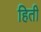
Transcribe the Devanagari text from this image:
हिती